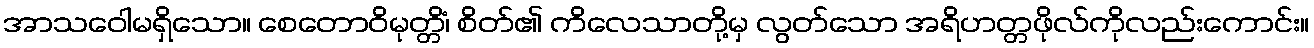
အာသဝေါမရှိသော။ စေတောဝိမုတ္တိံ၊ စိတ်၏ ကိလေသာတို့မှ လွတ်သော အရိဟတ္တဖိုလ်ကိုလည်းကောင်း။